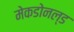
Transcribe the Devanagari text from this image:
मेकडोनल्ड